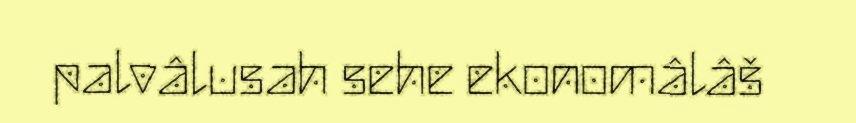
palvâlusah sehe ekonomâlâš